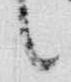
言